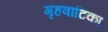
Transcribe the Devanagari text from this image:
गृहवाटिका